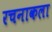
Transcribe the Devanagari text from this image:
रचनाकला